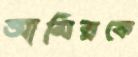
আমিরকে